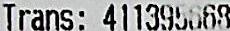
TRANS: 411395668